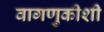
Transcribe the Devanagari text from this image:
वागणुकीशी